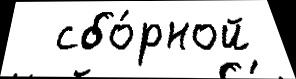
  сбо́рной